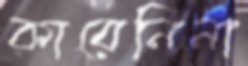
কারেনিনা